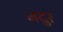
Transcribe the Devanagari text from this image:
जदुर